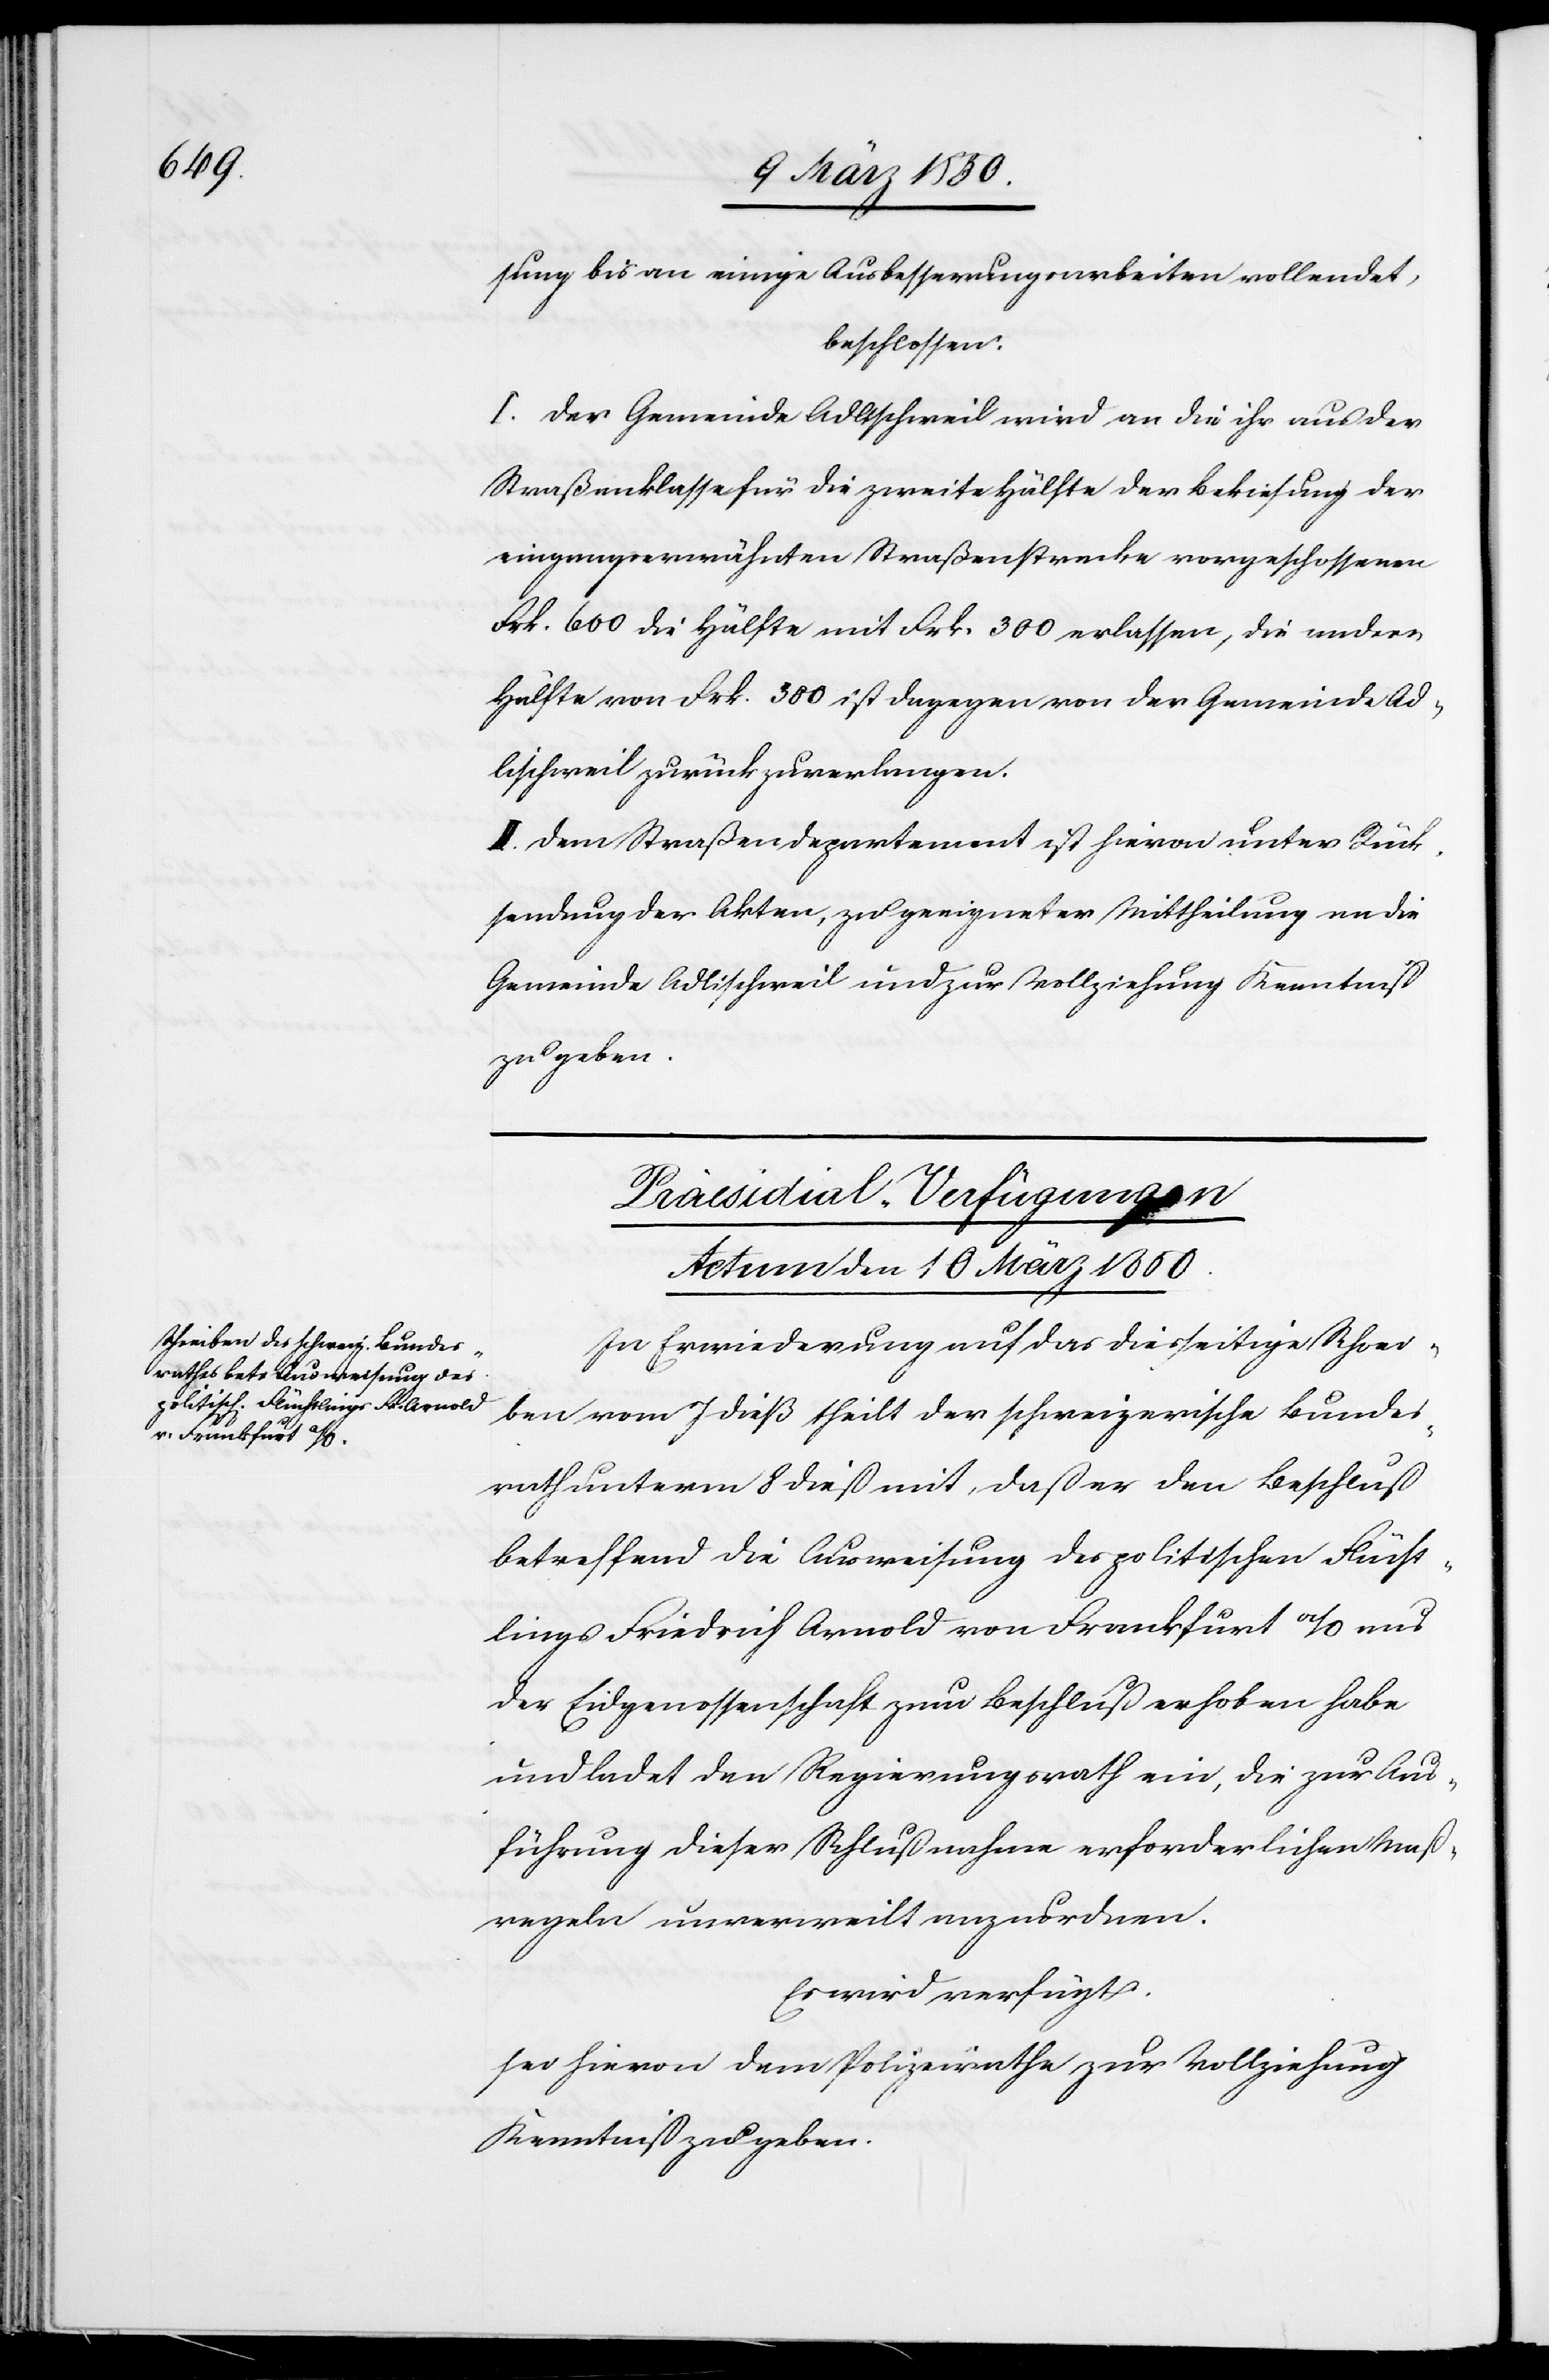
sung bis an einige Ausbesserungsarbeiten vollendet,
beschlossen:
I. Der Gemeinde Adlischweil wird an die ihr aus der
Straßenkasse] für die zweite Hälfte der Bekiesung der
eingangserwähnten Straßenstrecke vorgeschossenen
Frk. 600 die Hälfte mit Frk. 300 erlassen, die andere
Hälfte von Frk. 300 ist dagegen von der Gemeinde Ad¬
lischweil zurückzuverlangen.
II. Dem Straßendepartement ist hievon unter Rück¬
sendung der Akten, zu geeigneter Mittheilung an die
Gemeinde Adlischweil und zur Vollziehung Kenntniß
zu geben.
Praesidial-Verfügungen
Actum den 10 März 1850
In Erwiederung auf das diesseitige Schrei¬
ben vom 7 dieß theilt der schweizerische Bundes¬
rath unterm 8 dieß mit, daß er den Beschluß
betreffend die Ausweisung des politischen Flücht¬
lings Friedrich Arnold von Frankfurt a/O aus
der Eidgenossenschaft zum Beschluß erhoben habe
und ladet den Regierungsrath ein, die zur Aus¬
führung dieser Schlußnahme erforderlichen Maß¬
regeln unverweilt anzuordnen.
Es wird verfügt:
sei hievon dem Polizeirathe zur Vollziehung
Kenntniß zu geben.